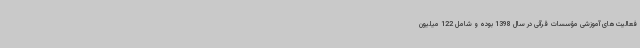
فعالیت‌های آموزشی مؤسسات قرآنی در سال 1398 بوده و شامل 122 میلیون